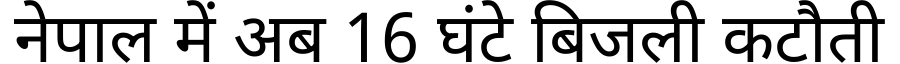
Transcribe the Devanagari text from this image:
नेपाल में अब 16 घंटे बिजली कटौती